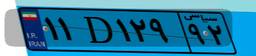
۴۱D۴۰۸۱۹